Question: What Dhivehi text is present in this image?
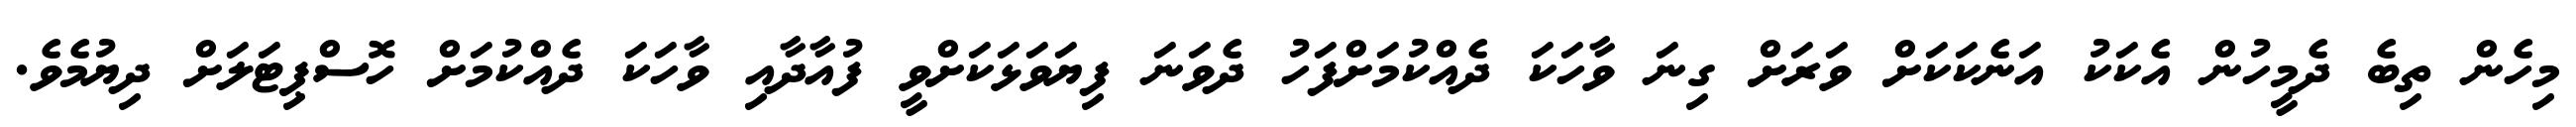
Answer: މިހެން ތިބެ ދެމީހުން އެކަކު އަނެކަކަށް ވަރަށް ގިނަ ވާހަކަ ދެއްކުމަށްފަހު ދެވަނަ ފިޔަވަޅަކަށްވީ ފުއާދާއި ވާހަކަ ދެއްކުމަށް ހޮސްޕިޓަލަށް ދިޔުމެވެ.